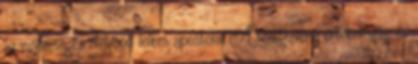
az egészséges életmód lelkes apostola. A rendezvény értékelésére és